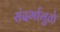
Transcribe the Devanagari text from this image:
संदर्भामुळे